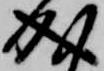
成